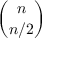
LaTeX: \binom { n } { n / 2 }